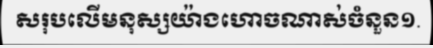
សរុបលើមនុស្សយ៉ាងហោចណាស់ចំនួន១.